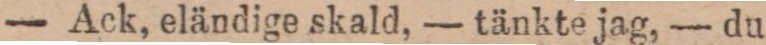
— Ack, eländige skald, — tänkte jag, — du